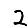
Digit: 2